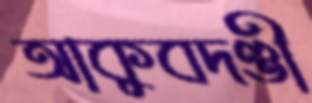
আকুবদণ্ডী